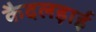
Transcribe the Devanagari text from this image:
कैदलड़ाई